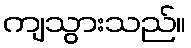
ကျသွားသည်။